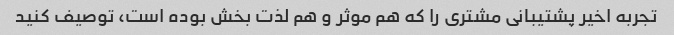
تجربه اخیر پشتیبانی مشتری را که هم موثر و هم لذت بخش بوده است، توصیف کنید